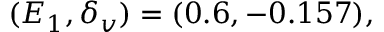
( E _ { 1 } , \delta _ { v } ) = ( 0 . 6 , - 0 . 1 5 7 ) ,